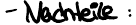
- Nachteile :